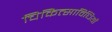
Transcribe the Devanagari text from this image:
चिकित्साविधियों